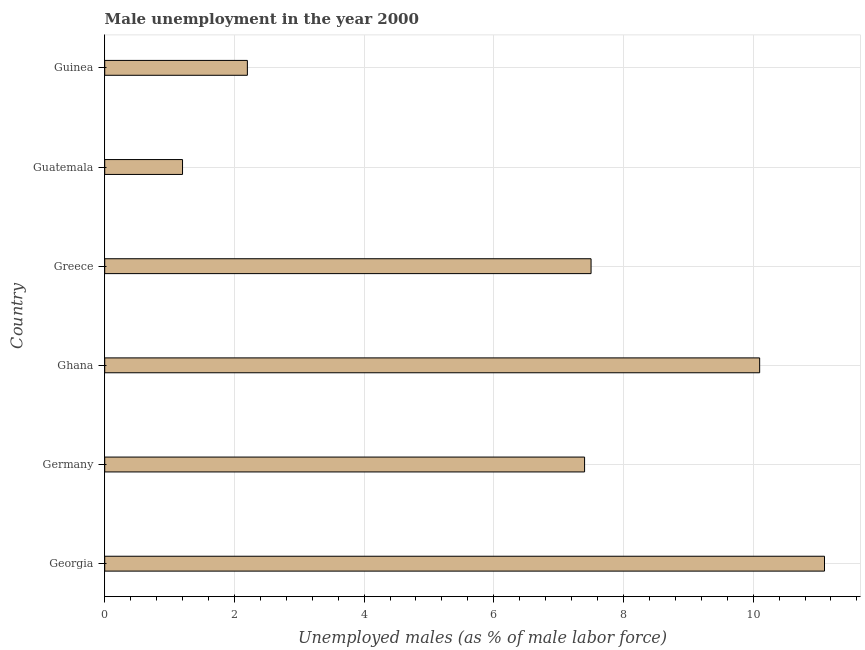
| Country | Unemployment |
 | --- | --- |
 | Georgia | 11.1 |
 | Germany | 7.4 |
 | Ghana | 10.1 |
 | Greece | 7.5 |
 | Guatemala | 1.2 |
 | Guinea | 2.2 |